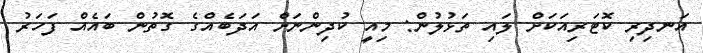
އަނދިރި ކޮޓަރިއަކަށް ލައި ތަޅުލުން: މިއީ ކުދިންނަށް އަދަބެއްގެ ގޮތުން ބައެއް ފަހަރު